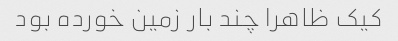
کیک ظاهرا چند بار زمین خورده بود